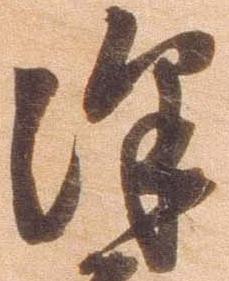
沢